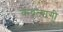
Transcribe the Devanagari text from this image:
केंद्रत्यागी